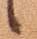
候